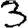
Digit: 3